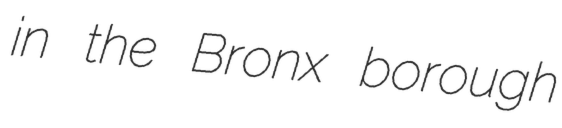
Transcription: in the Bronx borough